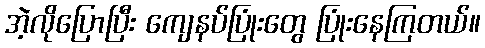
အဲ့လိုပြောပြီး ကျေနပ်ပြုံးတွေ ပြုံးနေကြတယ်။